Bréfritari: Benedikt Hálfdanarson
Dagsetning: A-1883-10-28
Skrifað á: Vesturheimi

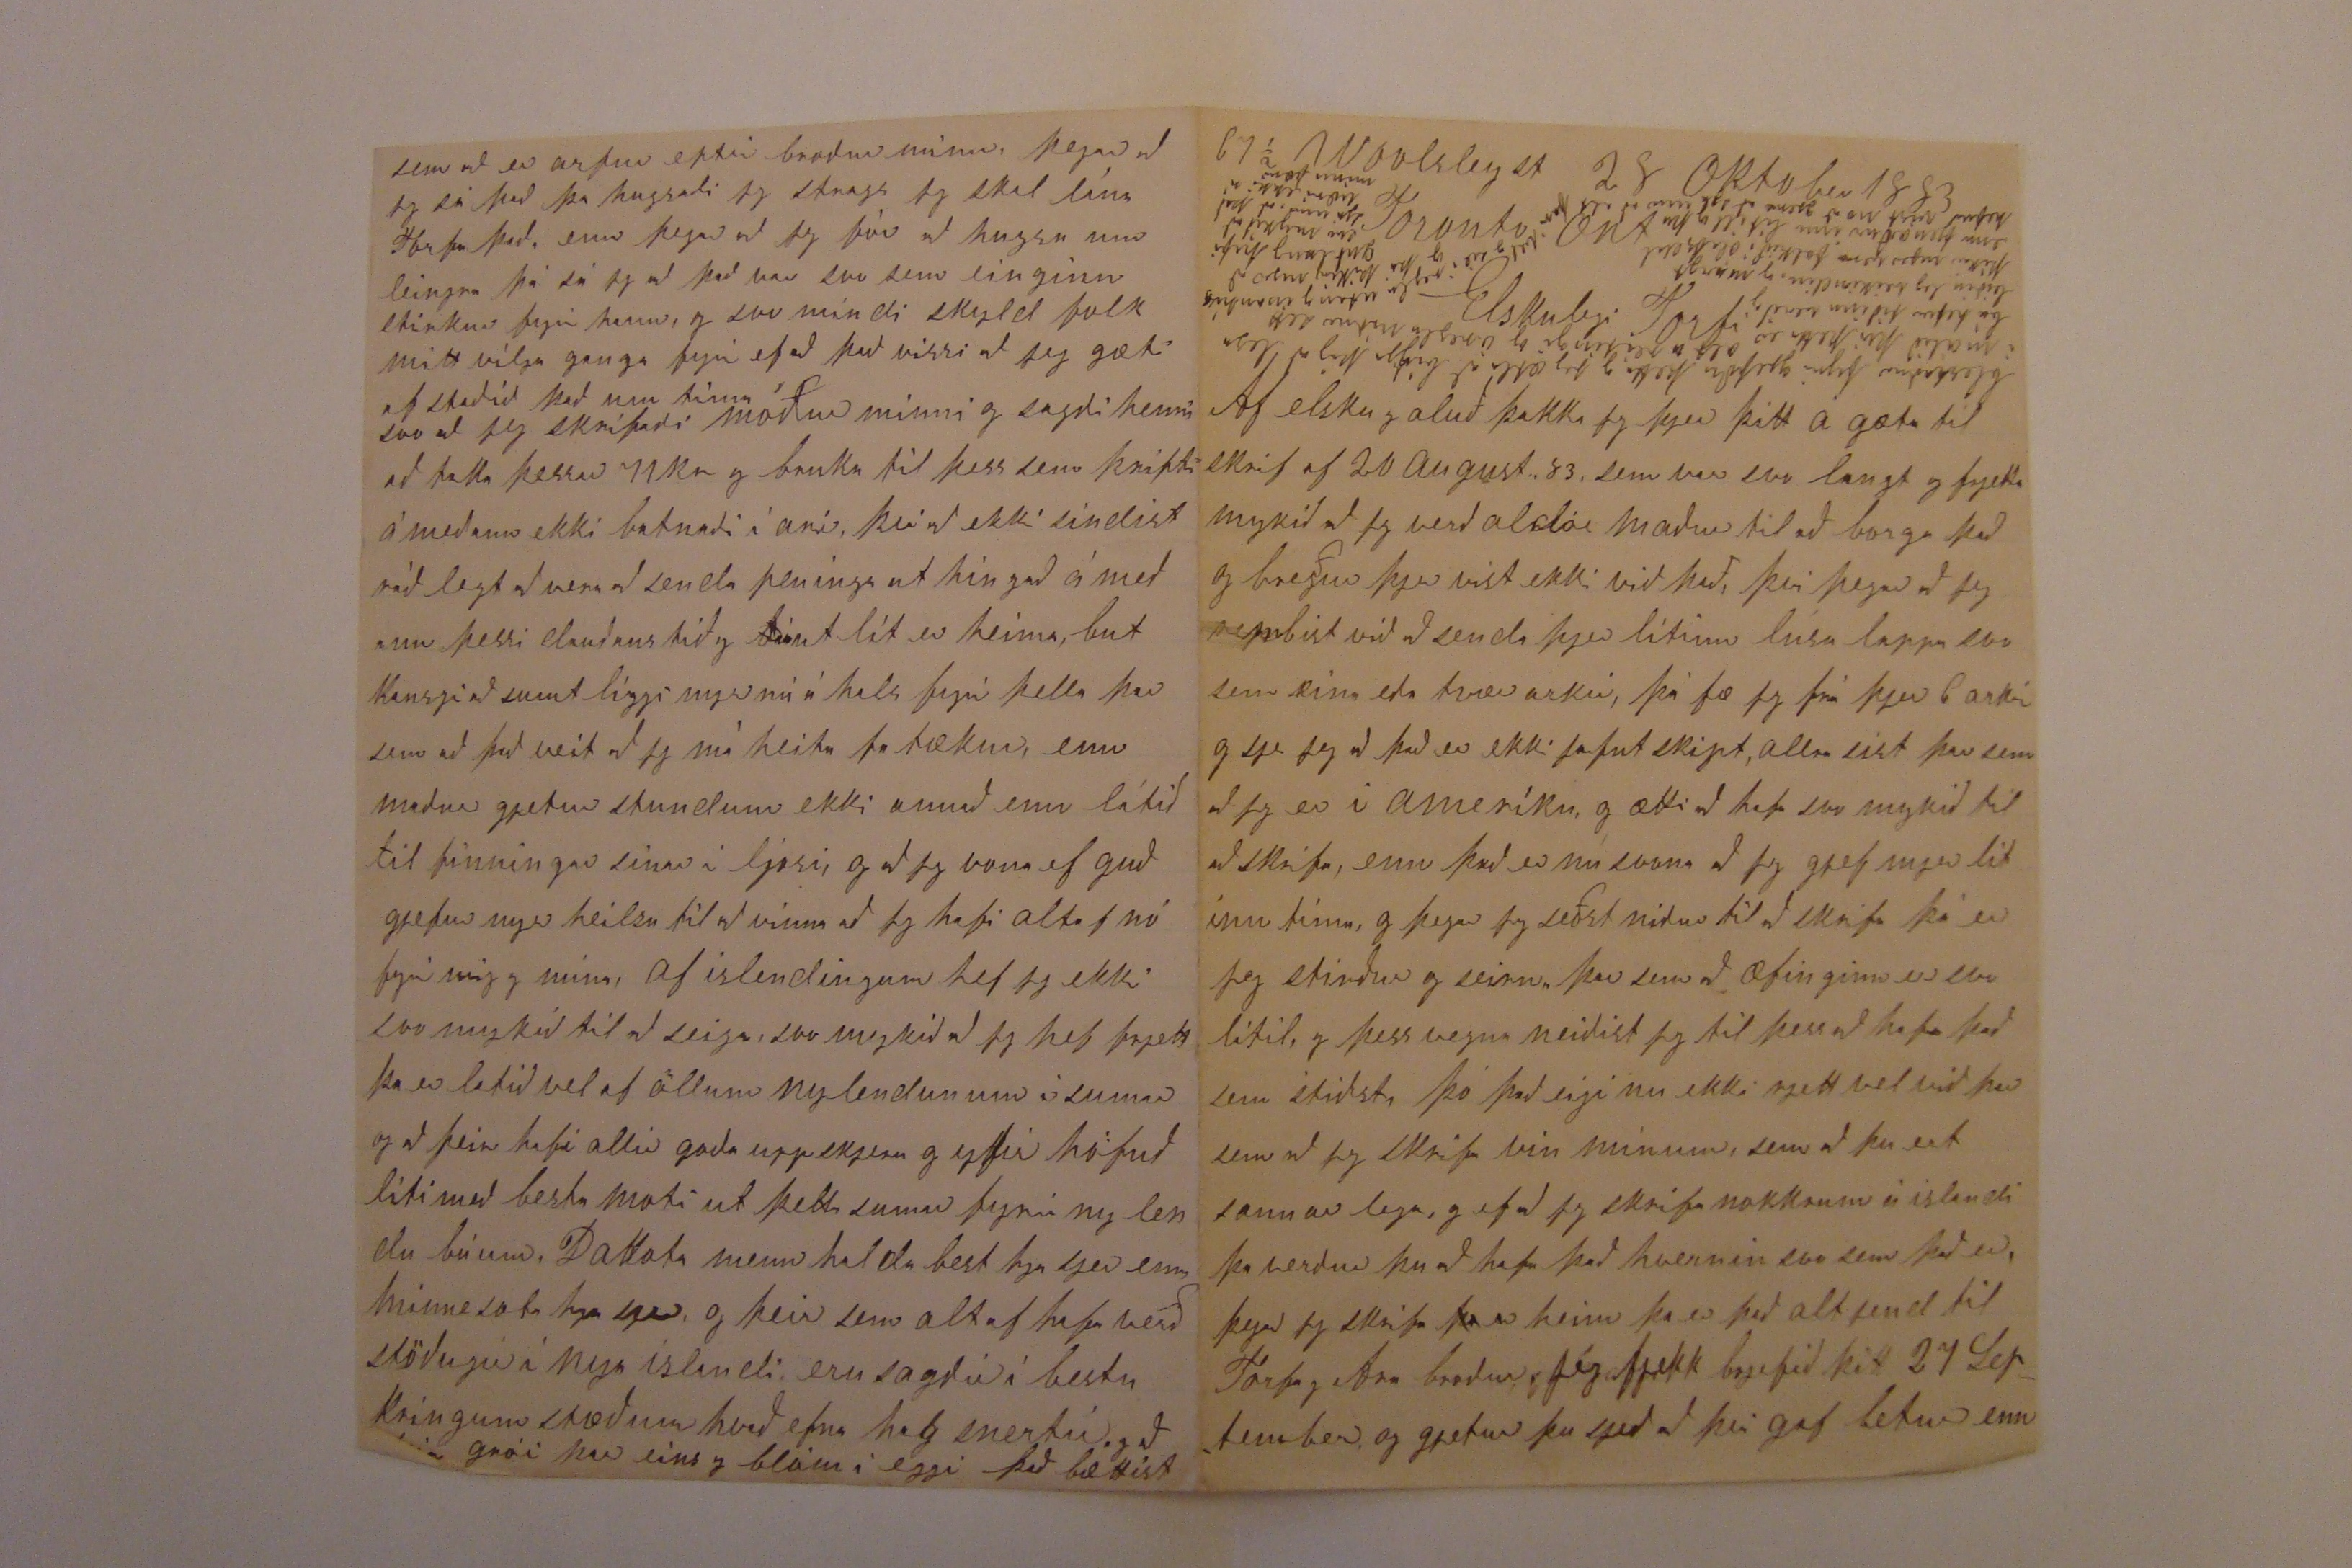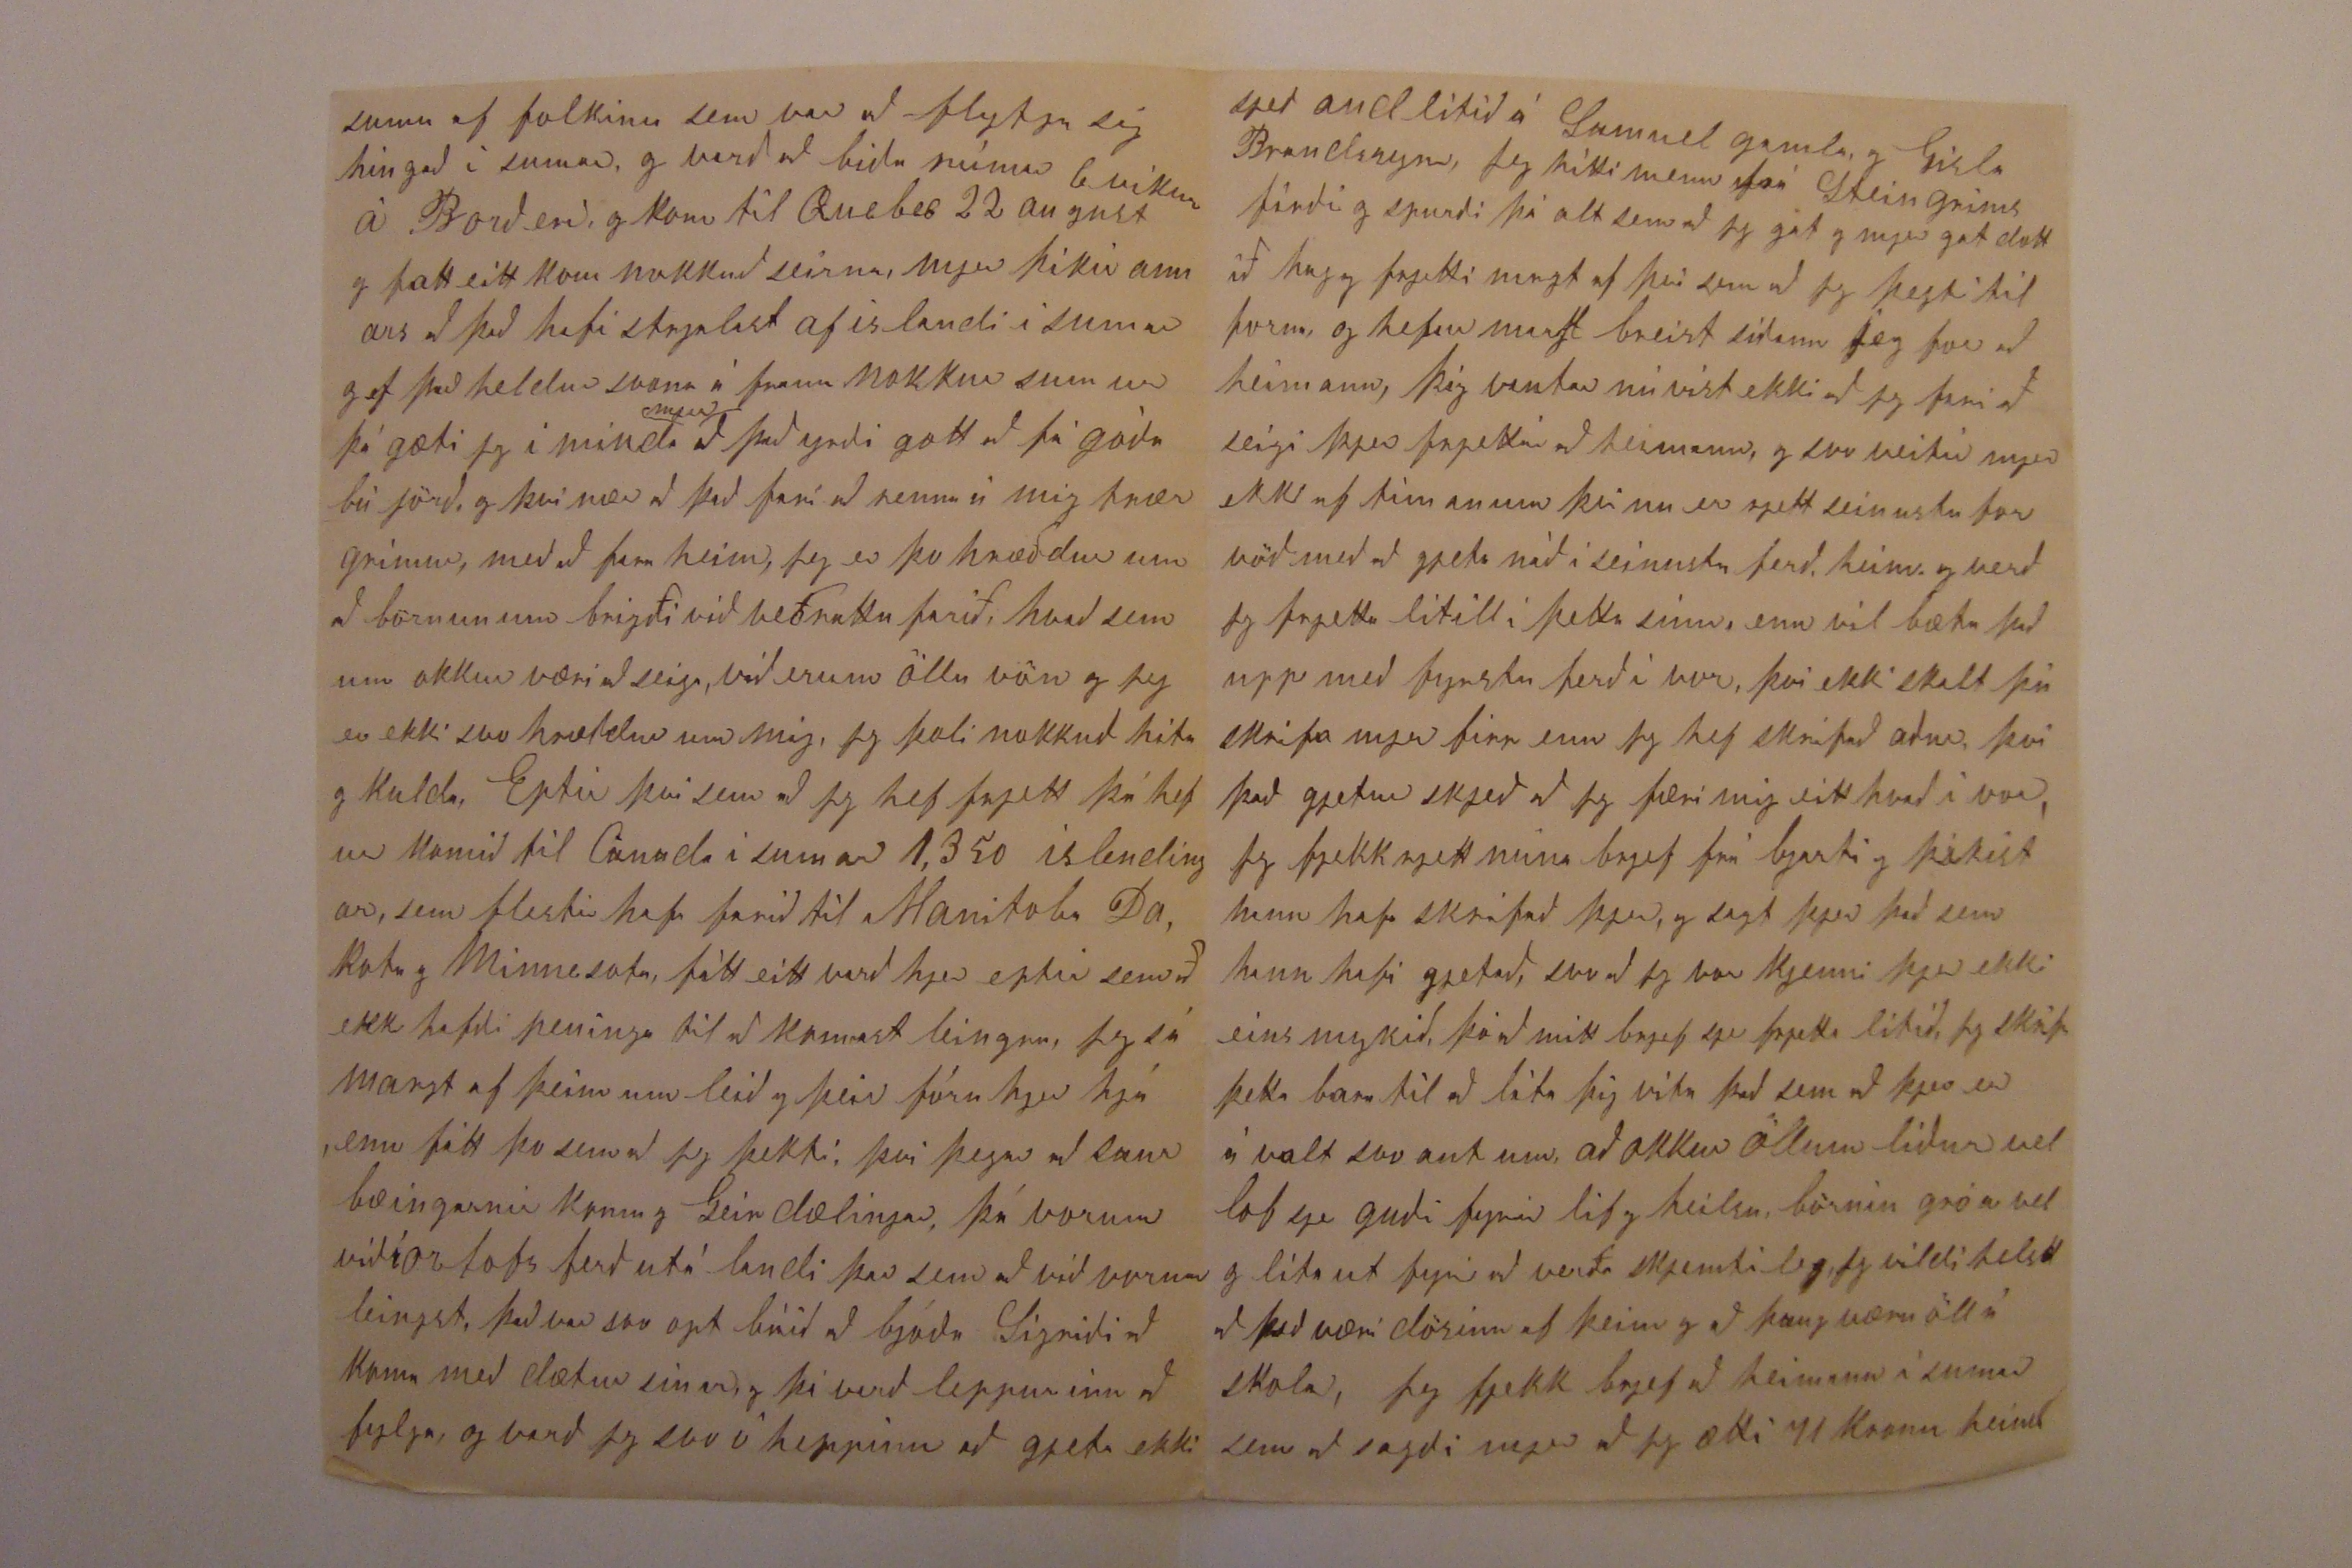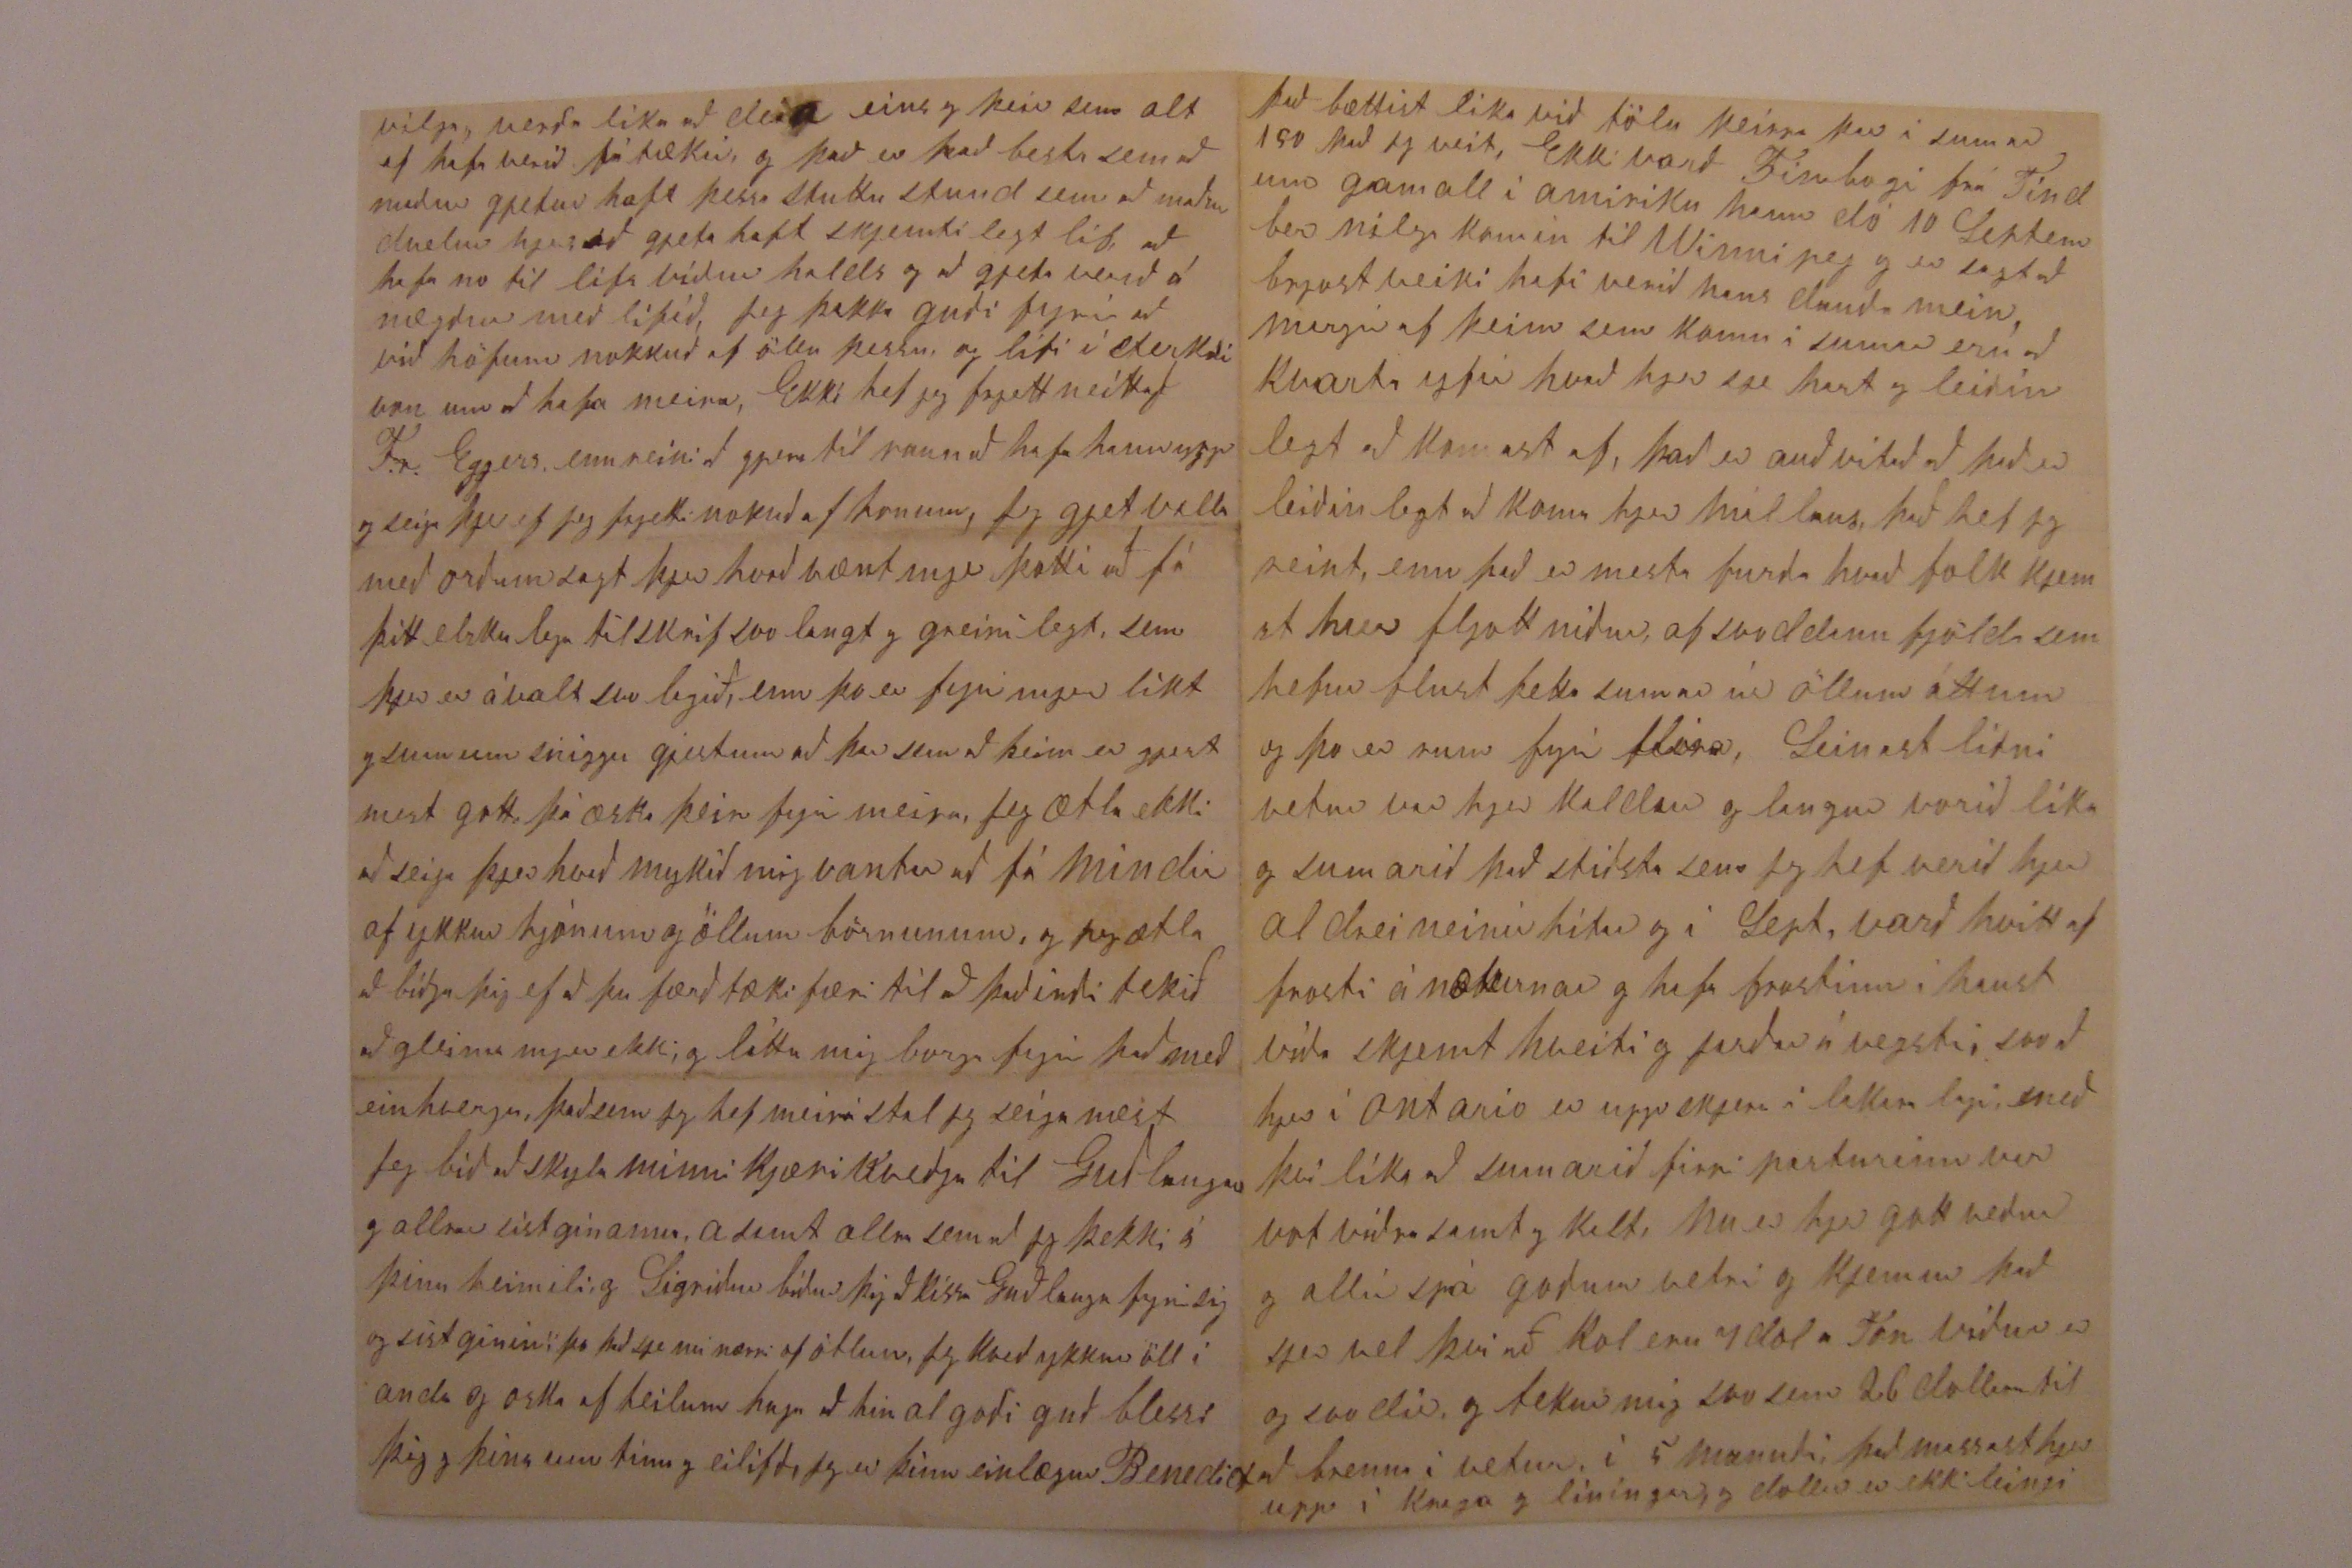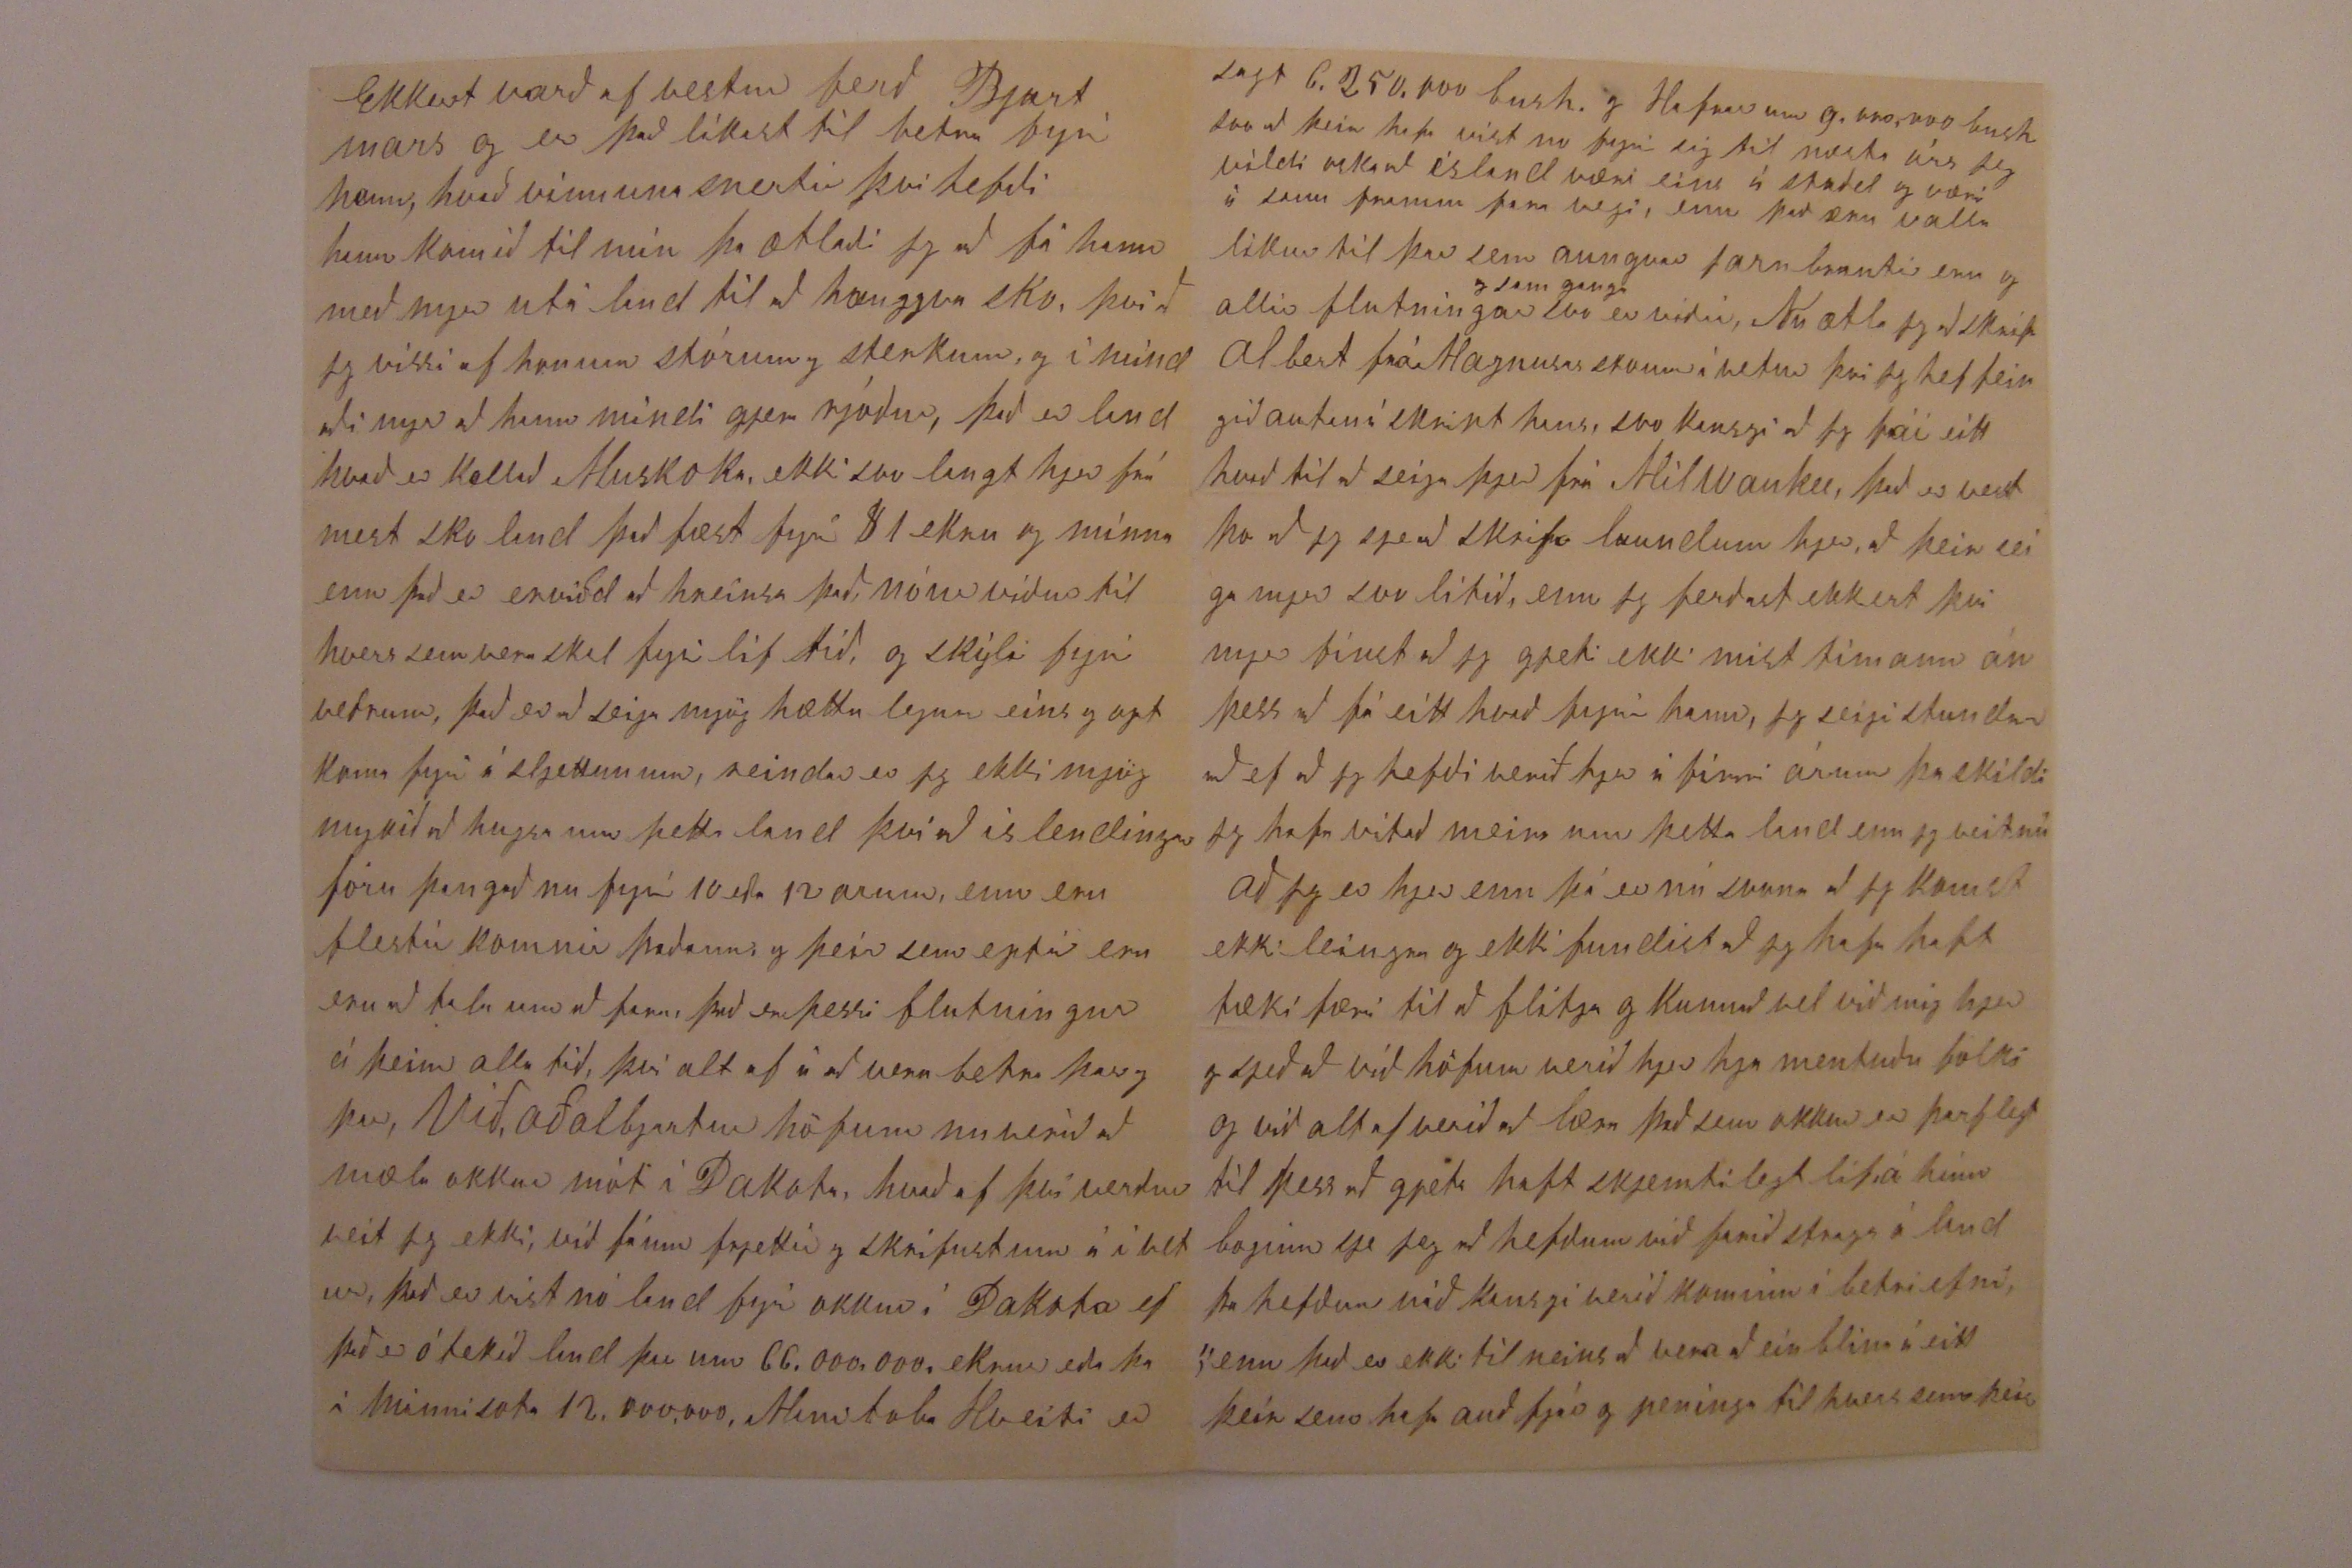

blessaður fyrir gjefðu þetta og jeg ætla að biðja þig að lesa í málið því þetta er alt á reitingi og óreglu niður sett bá hefur tíðinn verið og leiðinleg veikindin og margt þikir mjer vera folkið í Olafsdal enn fjenaðurinn lítill og þu hefur víst no að gjera að sja um að alt fari vel og sie í reglu utan og inanhúss og þá þikir mjer að guðlaug hafi svo mykið að sjá um að það væri ekki á mínu færi
Elskulegi Torfi
Af elsku og aluð þakka jeg þjer þitt ágæta til skrif af 20 August, 83, sem var svo langt og frjetta mykið að jeg verð aldrei maður til að borga það og bregður þjer vist ekki við það, því þegar að jeg rembist við að senda þjer lítinn lúsa lappa svo sem eina eða tvær akrir, þá fæ jeg frá þjer 6 arkir og sje jeg að það er ekki jafnt skipt, allra síst þar sem að jeg er í ameríku og ætti að hafa svo mykið til að skrifa, enn það er nú svona að jeg gjef mjer lítinn tíma og þegar jeg seðst niður til að skrifa þá er jeg stirður og seirn, þar sem að æfinginn er svo lítil og þess vegna neiðist jeg til þess að hafa það sem stiðst þó það eigi nu ekki rjett vel við þar sem að jeg skrifa vin mínum, sem að þu ert sannarlega, og ef að jeg skrifa nokkrum á islandi þa verður þu að hafa það hvernin svo sem það er, þegar jeg skrifa
þa er
heim þa er það alt dend til Torfa og Ara broður Jeg fjekk brjefið þitt 27 September og gjetur þu sjeð að því gaf betur enn
sumu af folki sem var að flytja sig hingað í sumar, og varð að bíða rúmar 6 vikur á Bowen og kom til Quebec 22 august og fatt eitt kom nokkuð seirna, mjer þikir annars að það hafi
strjalast
af islandi í sumar og ef það heldur svona áfram nokkur sumur þá gæti jeg íminda
mjer
að það yrði gott að fá góða bú jörð og því nær að það fari að renna á mig tvær grímur, með að fara heim, jeg er þo hræddur um að börnunum brigði við veðrattu farið, hvað sem um okkur væri að seiga, við erum öllu vön og jeg er ekki svo hræddur um mig, jeg þoli nokkuð hita og kulda, Eptir því sem að jeg hef frjett þá hefur komið til Canada í sumar 1,350 íslendingar, sem flestir hafa farið til Manitoba Dakota og Minnesota fátt eitt varð hjer eptir sem að ekki hafði peninga til að komast leingur, jeg sá margt af þeim um leið og þeir fóru hjer hjá enn fátt þo sem að jeg þekki því þegar að Saur bæingarnir komu og Geirdælingar, þá vorum við í orlofsferð utá landi þar sem að við vorum leingst, það var svo opt búið að bjóða Sigríði að koma með dætur sínar, og þá varð leppurinn að fylga og varð jeg svo óheppinn að gjeta ekki
sjeð andlitið á Samuel gamla og Gísla Brandssyni Jeg hitti menn frá Steingríms firði og spurði þá alt sem að jeg gat og mjer gat dottið hug og frjetti margt af því sem að jeg þegti til forna, og hefur margt breist síðann jeg for að heimann, þig vantar nú víst ekki að jeg fari að seigi þjer frjettir að heimann, og svo veitir mjer ekki af tímanum því nu er rjett seinustu for vöð með að gjeta náð í seinustu ferð heim og verð jeg frjetta lítill í þetta sinn enn vil bæta það upp með fyrstu ferð í vor, því ekki skalt þú skrifa mjer firr enn jeg hef skrifað aður, því það gjetur skjeð að jeg færi mig eitthvað í vor, jeg fjekk rjett núna brjef frá bjarti og þikist hann hafa skrifað þjer og sagt þjer það sem hann hafi gjetað, svo að jeg vor kjenni þjer ekki eins mykið þó að mitt brjef sje frjetta lítið, jeg skrifa þetta bara til að láta þig vita það sem að þjer er á valt svo ant um að okkur öllum líður vel lof sje guði fyrir líf og heilsu börnin gróa vel og líta ut fyrir að verða skjemtileg jeg vildi helst að það væri
dösinn
af þeim og að þaug væru öll á skola, jeg fjekk brjef að heimann í sumar sem að sagði mjer að jeg ætti 71 Kronu heima
sem er arfur eptir broður minn, þegar að jeg sá það þa hugsaði jeg strags jeg skal lána Torfa það enn þegar að jeg fór að hugsa um leingra þá sá jeg að það var svo sem einginn stirkur fyrir hann, og svo mindi skyld folk mitt vilja ganga fyrir ef að það vissi að jeg gæti af staðað það um tíma
svo að jeg skrifaði móður minni og sagði henni að taka þessar 71 Kr og bruka til þess sem þrifti á meðann ekki batnaði í ari, því að ekki síndist ráð legt að vera að senda peninga ut hingað á meðann þessi dauðans bið og
00
utlit er heima, but kansgi að sumt liggi mjer nú á hals fyrir þetta þar sem að það veit að jeg má heita fatækur, enn maður gjetur stundum ekki annað enn litið tilfinningar sínar í ljósi, og að jeg vona ef guð gjefur mjer heilsu til að vinna að jeg hafi altaf nó fyrir mig og mína, af islendingum hef jeg ekki svo mykið til að seiga, svo mykið að jeg hef frjett þa er latið vel af öllum nylendunum í sumar og að þeir hafi allir goða uppskjeru og yfir höfuð líti með besta moti ut þetta sumar fyrir nylendu búum. Dakota menn halda best hja sjer enn minnesota hja sjer og þeir sem altaf hafa verið stöðugir í nya íslandi eru sagðir í bestu kringum stæðum hvað efna hag snertir og að 000 grói þar eins og blóm í eggi það bættist
það bættist líka við tölu þeirra þar í sumar 150 það jeg veit. Ekki varð Finbogi frá Tindum gamall í amiríku hann dó 10 September nílega komin til Winnipeg og er sagt að brjostveiki hafi verið hans dauða mein, margir af þeim sem komu í sumar eru að kvarta yfir hvað hjer sje hart og leiðinlegt að komast af, það er auðvitað að það er leiðinlegt að koma hjer mállaus, það hef jeg reint enn það er mesta furða hvað folk kjemst hier fljott niður af svoddann fjölda sem hefur flust þetta sumar úr öllum áttum og þo er rum fyrir fleiri, Seinast liðni vetur var hjer kaldur og langur vorið líka og sumarið það stiðsta sem jeg hef verið hjer aldrei neinir hitar og í Sept. varð hvítt af frosti á næturnar og hafa frostinn í haust víða skjemt hveiti og jarðar ávegsti, svo að hjer í Ontario er uppskjera í lakara lagi með því líka að sumarið firri parturinn var vot viðrasamt og kalt, nu er hjer gott veður og allir spá goðum vetri og kjemur það sjer vel því að kol eru 7 dol a Ton viður er og svo dír og tekur mig svo sem 26 dollara til að brenna í vetur, í 5 manuði það massast hjer upp í kraga og leingur, og dollar er ekki leingi
Ekkert varð af vestur ferð Bjartmars og er það líkast til betra fyrir hann, hvað vinnu snertir því hefði hann komið til mín þa ætlaði jeg að fá hann með mjer utá land til að hauggva sko, því að jeg vissi af honum stórum og sterkum og í mindaði mjer að hann mindi gjera rjóður, það er land hvað er kallað
Muskoka
ekki svo langt hjer frá mest skoland það fæst fyrir $ 1 ekru og minna enn það er erviðd að hreinsa það nóur viður til hvers sem vera skal fyrir lifstíð, og skýli fyrir vetrum, það er að seiga mjög hættulegum eins og opt koma fyrir á sljettunum, reindar er jeg ekki mjög mykið að hugsa um þetta land því að islandingar fóru þangað nu fyrir 10 eða 12 arum enn eru flestir komnir þaðann, og þeir sem eptir eru eru að tala um að fara, það er þessi flutningur á þeim alla tíð, því altaf á að vera betra þar og þar, Við aðalbjartur höfum nu verið að mæla okkur mót í Dakota, hvað af því verður veit jeg ekki, við fáum frjettir og skrifustum á í vetur, það er víst nó land fyrir okkur í Dakota ef það er ótekið land þar um 66.000.000. ekrur eða þa í Minnisota 12.000.000. Manitoba Hveiti er
sagt 6.250.000 bush. og Hafrar um 9.000.000 bush. svo að þeir hafa víst no fyrir sig til næsta árs jeg vildi oska að island væri eins á staðd og væri á sama framm fara vega, enn það eru valla likur til þar sem aungvar jarnbrautir eru og allir flutningar
og samganga
svo er viðir, Nu ætla jeg að skrifa Albert frá Magnusar skoum í vetur þveg jeg hef feingið autanáskript hans, svo kansgi að jeg fái eitt hvað til að seiga þjer frá Milwaukee, það er verst þo að jeg sje að skrifa laundum hjer að þeir seiga mjer svo lítið, enn jeg ferðast ekkert því mjer finst að jeg gjeti ekki mist tímann án þess að fá eitthvað fyrir hann, jeg seigi stundum að ef að jeg hefði verið hjer á firri árum þa skildi jeg hafa vitað meira um þetta land enn jeg veit nú að jeg er hjer enn þá er nú svona að jeg komst ekki leingra og ekki fundist að jeg hafa haft tækifæri til að flitja og kunnað vel við mig hjer og sjeð að við höfum verið hjer hja mentuðu folki og við altaf verið að læra það sem okkur er þarflegt til þess að gjeta haft skjemtilegt líf, á hinn boginn sje jeg að hefðum við farið strags á land þa hefðum við kansgi verið kominn í betri efni, enn það er ekki til neins að vera að einblína á eitt þeir sem hafa auð fjár og peninga til hvers sem þeir
vilja, verða líka að deia eins og þeir sem alt af hafa verið fátækir, og það er það besta sem að maður gjetur haft þessa stuttu stund sem að maður dvelur hjer að gjeta haft skjemtilegt líf að hafa no til lífs viðurhalds og að gjeta verið á nægður með lífið, jeg þakka guði fyrir að við höfum nokkuð af öllu þessu, og lifi í sterkri von um að hafa meira, Ekki hef jeg frjett neitt af Fr. Eggers. enn reini að gjera til að
rauna
að hafa hann uppi og seiga þjer ef jeg frjetti nokkuð af honum, jeg gjet valla með orðum sagt þjer hvað vænt mjer þotti að fá þitt elskulega tilskrif svo langt og greinilegt sem þjer er ávalt svo lagið, enn þo er fyrir mjer líkt og stundum
sniggu
gjestum að þar sem að þeim er gjert mest gott, þá oska þeir eptir meira, Jeg ætla ekki að seiga þjer hvað mykið mig vantar að fá mindir af ykkur hjónum og öllum börnunum, og jeg ætla að biðja þig ef að þu færð tækifæri til að það irði tekið að gleima mjer ekki og láttu mig borga fyrir það með einhverju, það sem jeg hef meira skal jeg seiga næst
Jeg bið að skyla minni kjærri kveðju til Guðlaugar og allrar sistginanna a samt allra sem að jeg þekki á þínu heimili og Sigríður biður þig að kissa Guðlaugu fyrir sig og sistginin þo það sje nú nærri of ætlun, Jeg kveð ykkur öll í anda og oska af heilum huga að hin algoði guð blessi þig og þína um tíma og eilífð, jeg er þinn einlægur Benedict